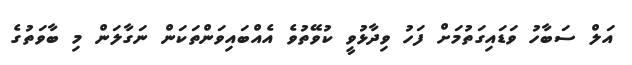
އަލް ސަބާހު ވަޑައިގަތުމަށް ފަހު ވިދާޅުވީ ކުވޭތުވެ އެއްބައިވަންތަކަން ނަގާލަން މި ބާވަތުގެ